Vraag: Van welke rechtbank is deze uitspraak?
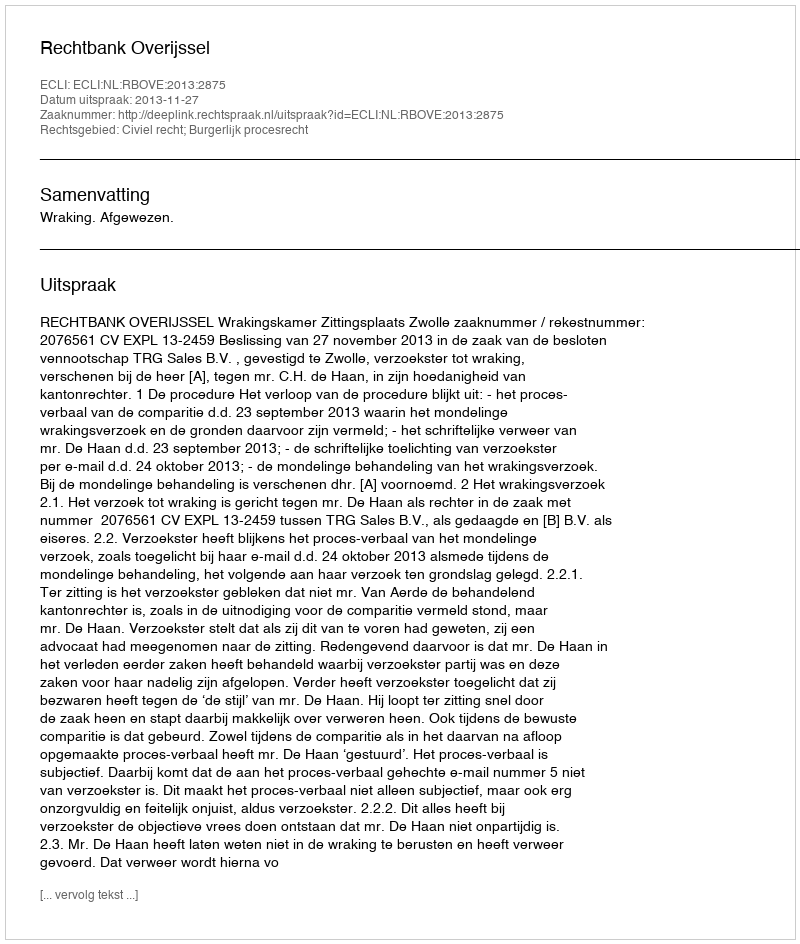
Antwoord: Rechtbank Overijssel